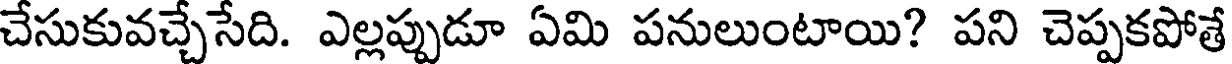
చేసుకువచ్చేసేది. ఎల్లప్పుడూ ఏమి పనులుంటాయి? పని చెప్పకపోతే